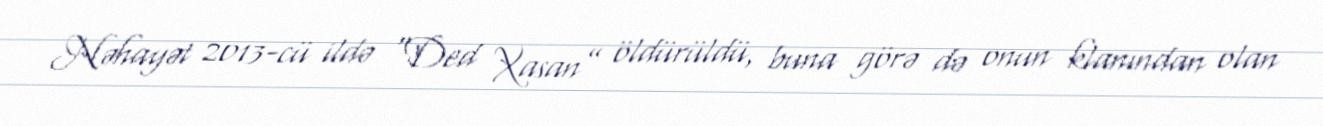
Nəhayət 2013-cü ildə “Ded Xasan” öldürüldü, buna görə də onun klanından olan